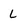
Character: L